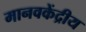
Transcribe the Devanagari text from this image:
मानवकेंद्रीय